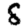
Digit: 8